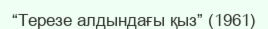
“Терезе алдындағы қыз” (1961)